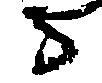
守